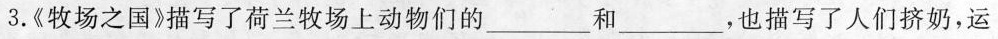
3.《牧场之国》描写了荷兰牧场上动物们的___和___，也描写了人们挤奶，运